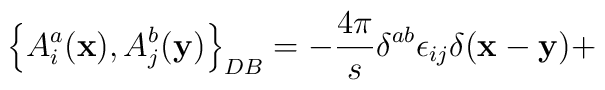
\left\{A_i^a({\bf x}),A_j^b({\bf y})\right\}_{DB}=-\frac{4\pi}{s}\delta^{ab}\epsilon_{ij}\delta({\bf x}-{\bf y})+